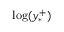
\log ( y _ { * } ^ { + } )